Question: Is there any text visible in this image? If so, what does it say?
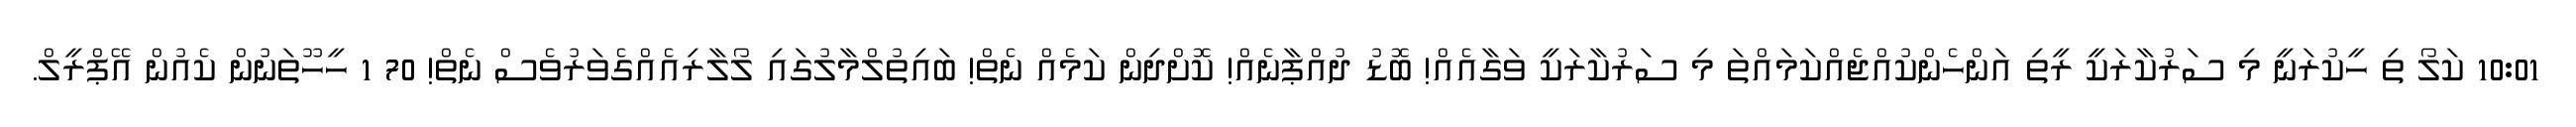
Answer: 10:01 ކަލޯ ތި ހީކުރަނީ މި ސަރުކާރަކީ ރީތި އަންހެންކުއްޖެއްކަމައްތަ މި ސަރުކާރަކީ ވަގާއެއް! ބޮޑު ދުއްޕާނެއް! ކޮށްދިން ކަމެއް ނެތް! ބައިތުލްމާލުގައި ލޯލާރިއެއްގެވަރުވެސް ނެތް! 70 1 ހީހޫތަނުން ކެއުން އޭޕްރީލް.